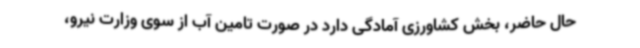
حال حاضر، بخش کشاورزی آمادگی دارد در صورت تامین آب از سوی وزارت نیرو،